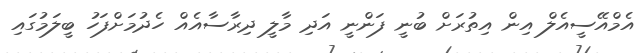
އެމްއޭސީއެލް އިން އިތުރަށް ބުނީ ފަންނީ އަދި މާލީ ދިރާސާއެއް ހެދުމަށްފަހު ބީލަމުގައި